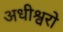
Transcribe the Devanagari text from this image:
अधीश्वरो